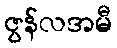
ဇွန်လအမီ